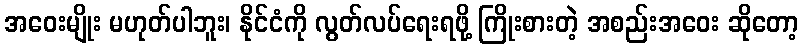
အဝေးမျိုး မဟုတ်ပါဘူး၊ နိုင်ငံကို လွတ်လပ်ရေးရဖို့ ကြိုးစားတဲ့ အစည်းအဝေး ဆိုတော့